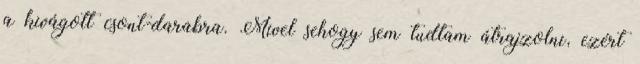
a kivágott csont-darabra. Mivel sehogy sem tudtam átrajzolni, ezért